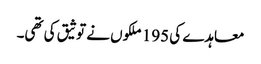
معاہدے کی 195 ملکوں نے توثیق کی تھی۔